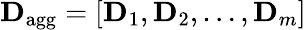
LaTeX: \mathbf{D}_{\mathrm{agg}}=[\mathbf{D}_{1},\mathbf{D}_{2},\dots,\mathbf{D}_{m}]